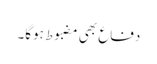
دفاع بھی مضبوط ہوگا۔